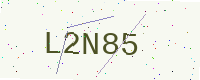
Text: L2N85